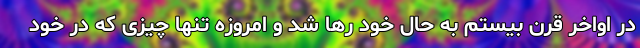
در اواخر قرن بیستم به حال خود رها شد و امروزه تنها چیزی که در خود